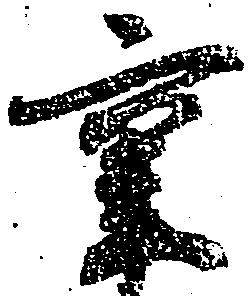
重